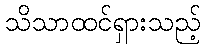
သိသာထင်ရှားသည့်